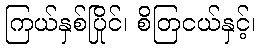
ကြယ်နှစ်ပြိုင်၊ စိတြငယ်နှင့်၊